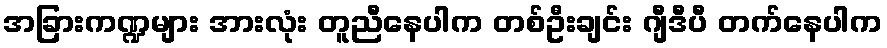
အခြားကဏ္ဍများ အားလုံး တူညီနေပါက တစ်ဦးချင်း ဂျီဒီပီ တက်နေပါက